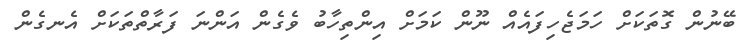
ބޭނުން ގޮތަކަށް ހަމަޖެހިފައެއް ނޫން ކަމަށް އިންތިހާބު ވެގެން އަންނަ ފަރާތްތަކަށް އެނގެން